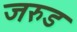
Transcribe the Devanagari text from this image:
जरुड